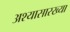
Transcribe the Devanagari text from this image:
अश्यासारख्या